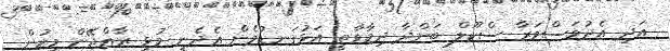
އަދި އެދުވަސްވަރާ ސްކޫލް ބަންދާ ދިމާވާތީ އަޅުގަނޑުމެން އެދެނީ މުޅި ރާއްޖޭން މީހުން